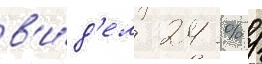
в'и́д'ел 24 % /